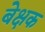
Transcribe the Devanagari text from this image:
बेक्षक